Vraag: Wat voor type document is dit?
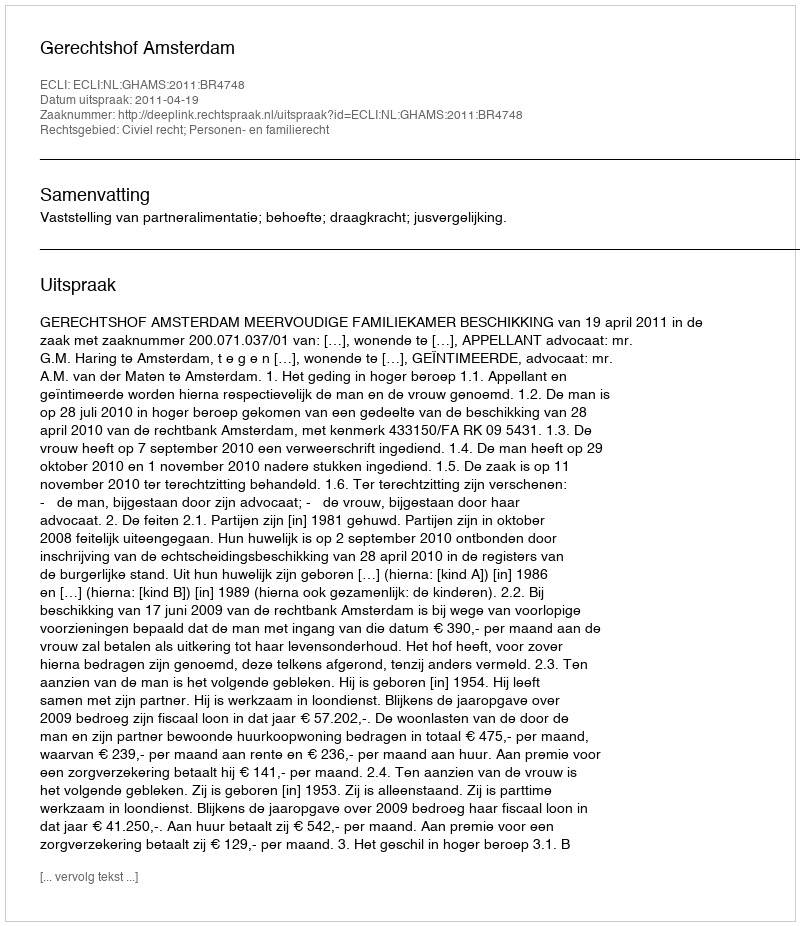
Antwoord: Uitspraak